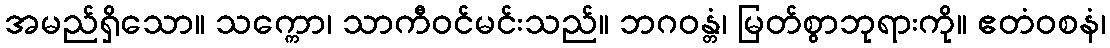
အမည်ရှိသော။ သက္ကော၊ သာကီဝင်မင်းသည်။ ဘဂဝန္တံ၊ မြတ်စွာဘုရားကို။ ဧတံဝစနံ၊